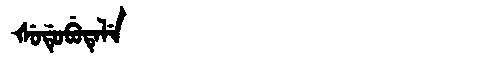
Manchu: ᡧᡠᡩᡠᠪᡠᡨᡝᠯᡝ
Romanization: ŠUDUBUTELE